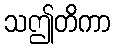
သဤတိကာ